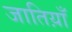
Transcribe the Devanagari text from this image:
जातिय़ाँ